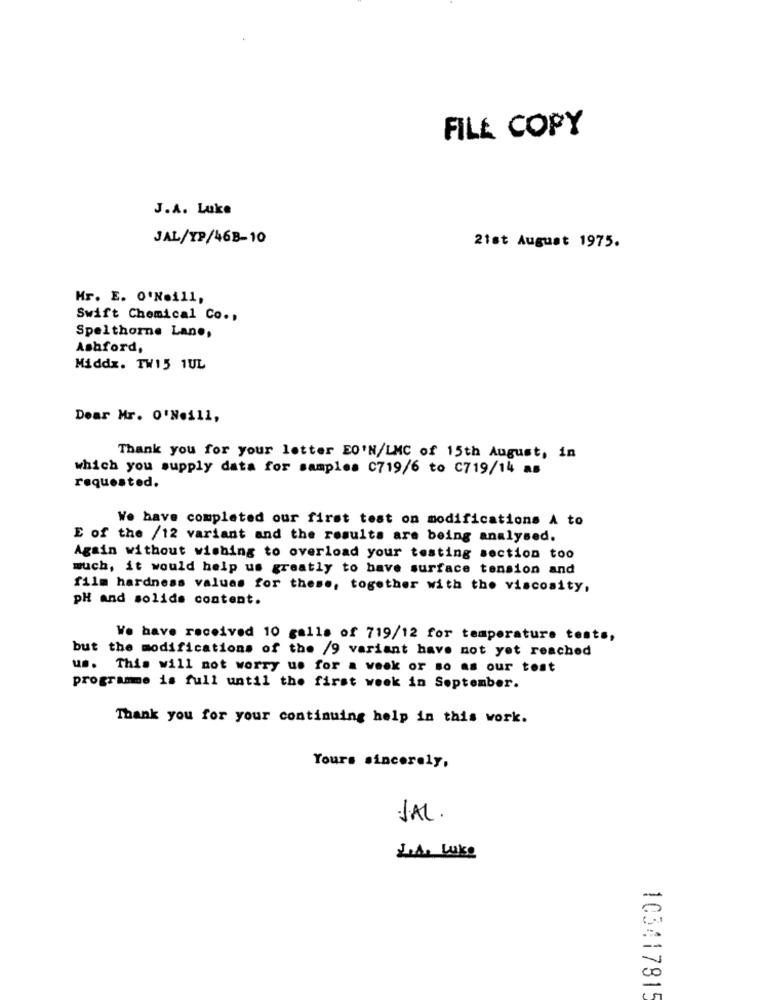
FILE COPY
J.A. Luke
JAL/YP/46B-10
21st August 1975.
Mr. E. O'Neill,
Swift Chemical Co .,
Spelthorne Lane,
Ashford,
Middx. TW15 1UL
Dear Mr. 0'Neill,
Thank you for your letter EO'N/LMC of 15th August, in
which you supply data for samples C719/6 to C719/14 as
requested.
We have completed our first test on modifications A to
E of the /12 variant and the results are being analysed.
Again without wishing to overload your testing section too
much, it would help us greatly to have surface tension and
film hardness values for these, together with the viscosity,
pH and solids content.
Ve have received 10 calls of 719/12 for temperature tests,
but the modifications of the /9 variant have not yet reached
us. This will not worry us for a week or so as our test
programme is full until the first week in September.
Thank you for your continuing help in this work.
Yours sincerely,
JAL .
2.1. Luke
10341781